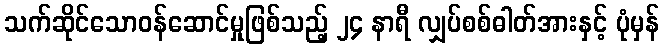
သက်ဆိုင်သောဝန်ဆောင်မှုဖြစ်သည့် ၂၄ နာရီ လျှပ်စစ်ဓါတ်အားနှင့် ပုံမှန်